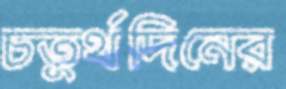
চতুর্থদিনের